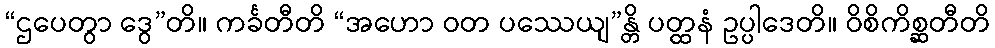
“ဌပေတွာ ဒွေ”တိ။ ကင်္ခတီတိ “အဟော ဝတ ပဿေယျ”န္တိ ပတ္ထနံ ဥပ္ပါဒေတိ။ ဝိစိကိစ္ဆတီတိ